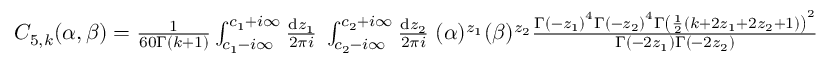
\begin{array} { r } { C _ { 5 , k } ( \alpha , \beta ) = \frac { 1 } { 6 0 \Gamma ( k + 1 ) } \int _ { c _ { 1 } - i \infty } ^ { c _ { 1 } + i \infty } \frac { \mathrm { d } z _ { 1 } } { 2 \pi i } \; \int _ { c _ { 2 } - i \infty } ^ { c _ { 2 } + i \infty } \frac { \mathrm { d } z _ { 2 } } { 2 \pi i } \; ( \alpha ) ^ { z _ { 1 } } ( \beta ) ^ { z _ { 2 } } \frac { \Gamma \left( - z _ { 1 } \right) ^ { 4 } \Gamma \left( - z _ { 2 } \right) ^ { 4 } \Gamma \left( \frac { 1 } { 2 } \left( k + 2 z _ { 1 } + 2 z _ { 2 } + 1 \right) \right) ^ { 2 } } { \Gamma \left( - 2 z _ { 1 } \right) \Gamma \left( - 2 z _ { 2 } \right) } } \end{array}